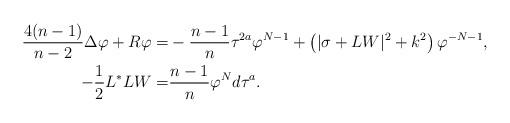
LaTeX: \begin{align*} \aligned \frac{4(n-1)}{n-2}\Delta \varphi+R\varphi=&-\frac{n-1}{n}\tau^{2a}\varphi^{N-1}+\left(|\sigma+LW|^{2}+k^{2}\right)\varphi^{-N-1},\\ -\frac{1}{2}L^{*}LW=&\frac{n-1}{n}\varphi^{N}d\tau^a.\endaligned \end{align*}